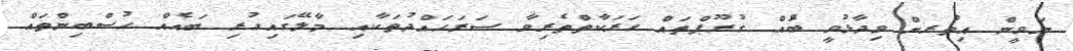
ނަވީން އިތުރށް ވިދާޅުވީ ބަެއް ގުރޫޕްތައް ހަރަކާތްތެރިވާ ސަރަހައްދުތަކާއި މާލޭގައިހުރި ބައެއް ހުސްބިންތައް